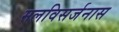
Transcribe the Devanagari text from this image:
मलविसर्जनास